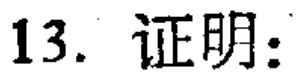
13. 证明：